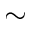
\sim